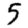
Digit: 5